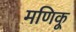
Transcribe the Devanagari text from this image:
मणिकू